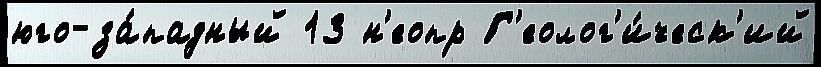
юго-за́падный 13 н'еопр Г'еолог'и́ческ'ий